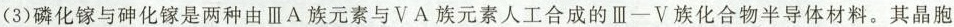
(3)磷化镓与砷化镓是两种由ⅢA族元素与VA族元素人工合成的Ⅲ—V族化合物半导体材料。其晶胞